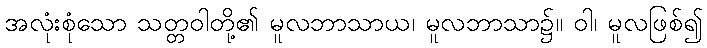
အလုံးစုံသော သတ္တဝါတို့၏ မူလဘာသာယ၊ မူလဘာသာ၌။ ဝါ၊ မူလဖြစ်၍